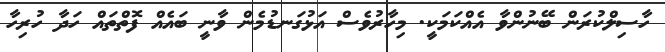
ހާސިލްކުރަން ބޭނުންވާ އެއްކަމަކީ. މިހާރުވެސް އަޅުގަނޑުމެން ވާނީ ބައެއް ފޮތްތައް ހަދާ ހުރިހާ